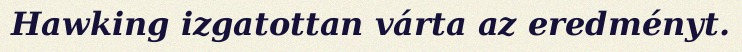
Hawking izgatottan várta az eredményt.